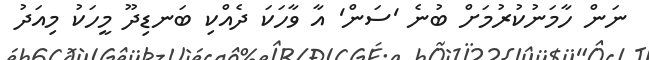
ނަން ހާމަނުކުރުމަށް ބުނެ 'ސަން' އާ ވާހަކަ ދެއްކި ބަނޑިދޫ މީހަކު މިއަދު